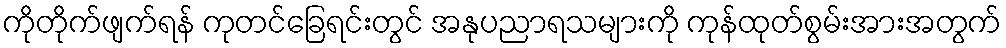
ကိုတိုက်ဖျက်ရန် ကုတင်ခြေရင်းတွင် အနုပညာရသများကို ကုန်ထုတ်စွမ်းအားအတွက်